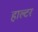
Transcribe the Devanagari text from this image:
हाल्टर